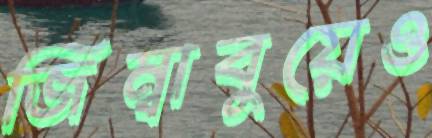
জিম্বাবুয়েও